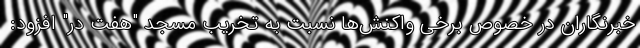
خبرنگاران در خصوص برخی واکنش‌ها نسبت به تخریب مسجد "هفت در" افزود: